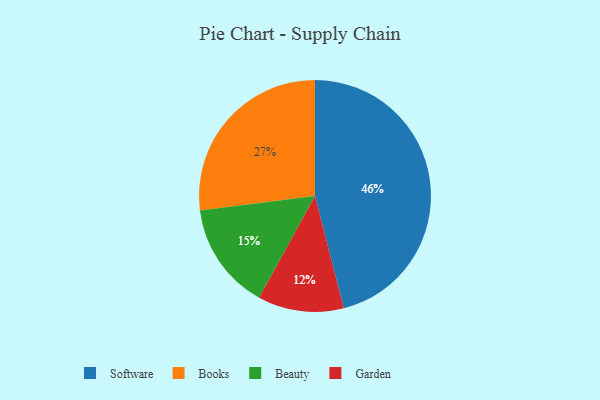
{"axis": {"x": "Category", "y": "Percentage"}, "legend": ["Beauty", "Books", "Garden", "Software"], "data": [{"x": "Beauty", "y": 15, "type": "Beauty"}, {"x": "Books", "y": 27, "type": "Books"}, {"x": "Garden", "y": 12, "type": "Garden"}, {"x": "Software", "y": 46, "type": "Software"}]}